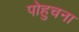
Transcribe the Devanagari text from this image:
पोहुचना